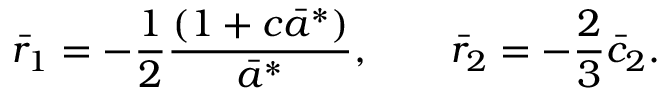
\bar { r } _ { 1 } = - \frac { 1 } { 2 } \frac { ( 1 + c \bar { a } ^ { * } ) } { \bar { a } ^ { * } } , \quad \quad \bar { r } _ { 2 } = - \frac { 2 } { 3 } \bar { c } _ { 2 } .